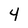
Character: 4